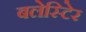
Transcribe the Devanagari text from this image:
बलेस्टिेर